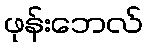
ဖုန်းဘေလ်